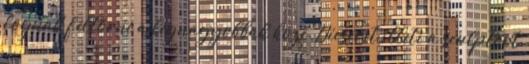
fognak feltörni a legnagyobbak közé. Dícséret illeti a sculptort